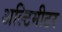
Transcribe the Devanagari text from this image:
अल्टिमीटर